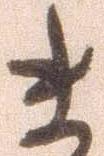
ま